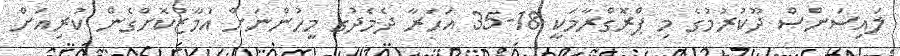
ލައިސަންސް ދޫކުރުމުގެ މި ޕްރޮގްރާމަކީ 18-35 އަހަރާ ދެމެދުގެ މީހުންނަށް އަމާޒުކޮށްގެން ކުރިއަށް